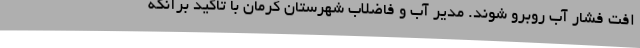
افت فشار آب روبرو شوند. مدیر آب و فاضلاب شهرستان کرمان با تاکید برآنکه